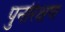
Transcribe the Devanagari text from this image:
पुनरिक्षण